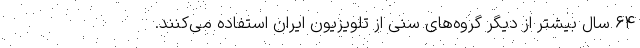
۶۴ سال بیشتر از دیگر گروه‌های سنی از تلویزیون ایران استفاده می‌کنند.